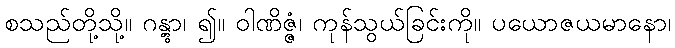
စသည်တို့သို့။ ဂန္တွာ၊ ၍။ ဝါဏိဇ္ဇံ၊ ကုန်သွယ်ခြင်းကို။ ပယောဇယမာနော၊